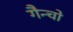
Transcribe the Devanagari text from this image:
गैन्चो